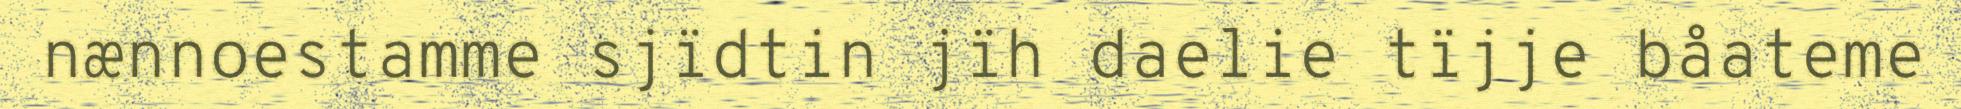
nænnoestamme sjïdtin jïh daelie tïjje båateme